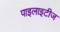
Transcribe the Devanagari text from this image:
पाइलाइटीज